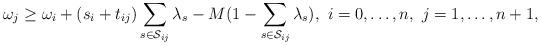
LaTeX: \begin{align*}\omega_{j} \geq \omega_{i} + ( s_i + t_{ij} ) \sum_{s \in \mathcal{S}_{ij}} \lambda_s - M ( 1 - \sum_{s \in \mathcal{S}_{ij}} \lambda_s ), \ i = 0, \ldots, n, \ j = 1, \ldots, n+1,\end{align*}